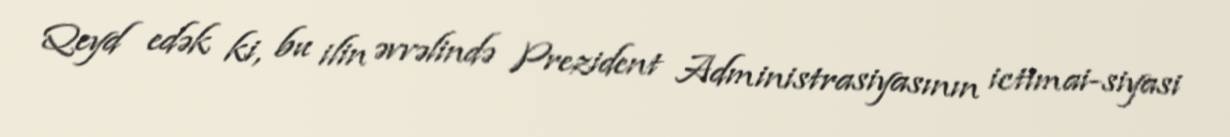
Qeyd edək ki, bu ilin əvvəlində Prezident Administrasiyasının ictimai-siyasi